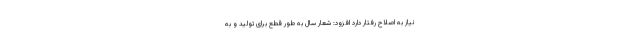
نیاز به اصلاح رفتار دارد افزود: شعار سال به طور قطع برای تولید و به